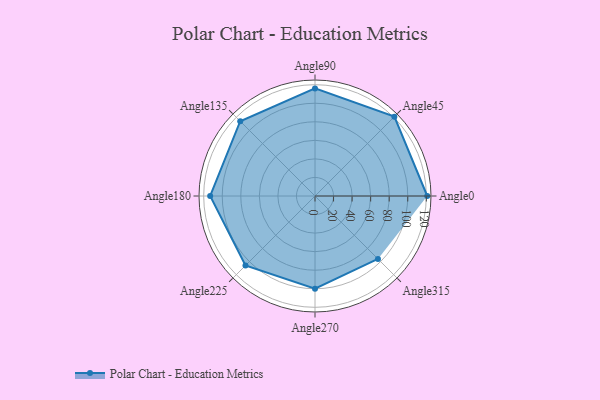
{"axis": {"x": "Angle", "y": "Radius"}, "legend": [""], "data": [{"x": "Angle0", "y": 121.0, "type": ""}, {"x": "Angle45", "y": 121.0, "type": ""}, {"x": "Angle90", "y": 116.0, "type": ""}, {"x": "Angle135", "y": 114.0, "type": ""}, {"x": "Angle180", "y": 113.0, "type": ""}, {"x": "Angle225", "y": 106.0, "type": ""}, {"x": "Angle270", "y": 100.0, "type": ""}, {"x": "Angle315", "y": 96.0, "type": ""}]}